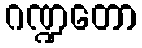
ဂဏ္ဍတော